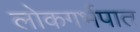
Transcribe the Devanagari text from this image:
लोकगर्भपात